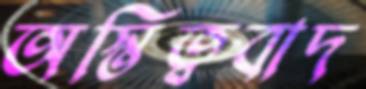
অস্তিত্ববাদ